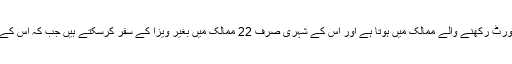
واضح رہے افغانستان کا شمار دنیا میں کمزور ترین پاسپورٹ رکھنے والے ممالک میں ہوتا ہے اور اس کے شہری صرف 22 ممالک میں بغیر ویزا کے سفر کرسکتے ہیں جب کہ اس کے بعد پاکستان کا نمبر آتا ہے جس کا ویزہ اسکور 26 ہے۔